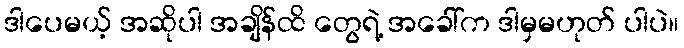
ဒါပေမယ့် အဆိုပါ အချိန်ထိ တွေရဲ့ အခေါ်က ဒါမှမဟုတ် ပါပဲ။